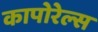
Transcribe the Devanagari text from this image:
कापोरेल्स